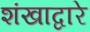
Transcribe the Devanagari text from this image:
शंखाद्वारे